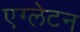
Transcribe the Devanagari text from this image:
एग्लेटन